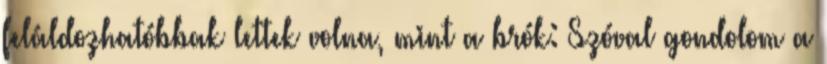
feláldozhatóbbak lettek volna, mint a brók: Szóval gondolom a